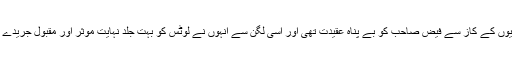
مظلوم فلسطینیوں کے کاز سے فیض صاحب کو بے پناہ عقیدت تھی اور اسی لگن سے انہوں نے لوٹس کو بہت جلد نہایت موثر اور مقبول جریدے میں ڈھال دیا۔